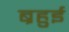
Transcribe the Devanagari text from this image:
ब्रहुई